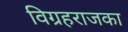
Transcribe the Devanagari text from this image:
विग्रहराजका